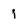
Character: j